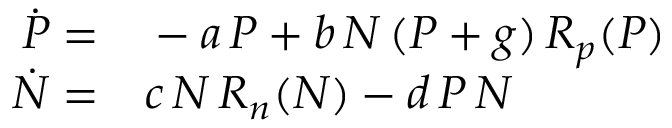
\begin{array} { r l } { \dot { P } = } & { { } - a \, P + b \, N \, ( P + g ) \, R _ { p } ( P ) } \\ { \dot { N } = } & { { } c \, N \, R _ { n } ( N ) - d \, P \, N } \end{array}